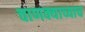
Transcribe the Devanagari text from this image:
चाणक्याच्याच